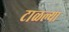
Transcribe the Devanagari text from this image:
टाळल्या